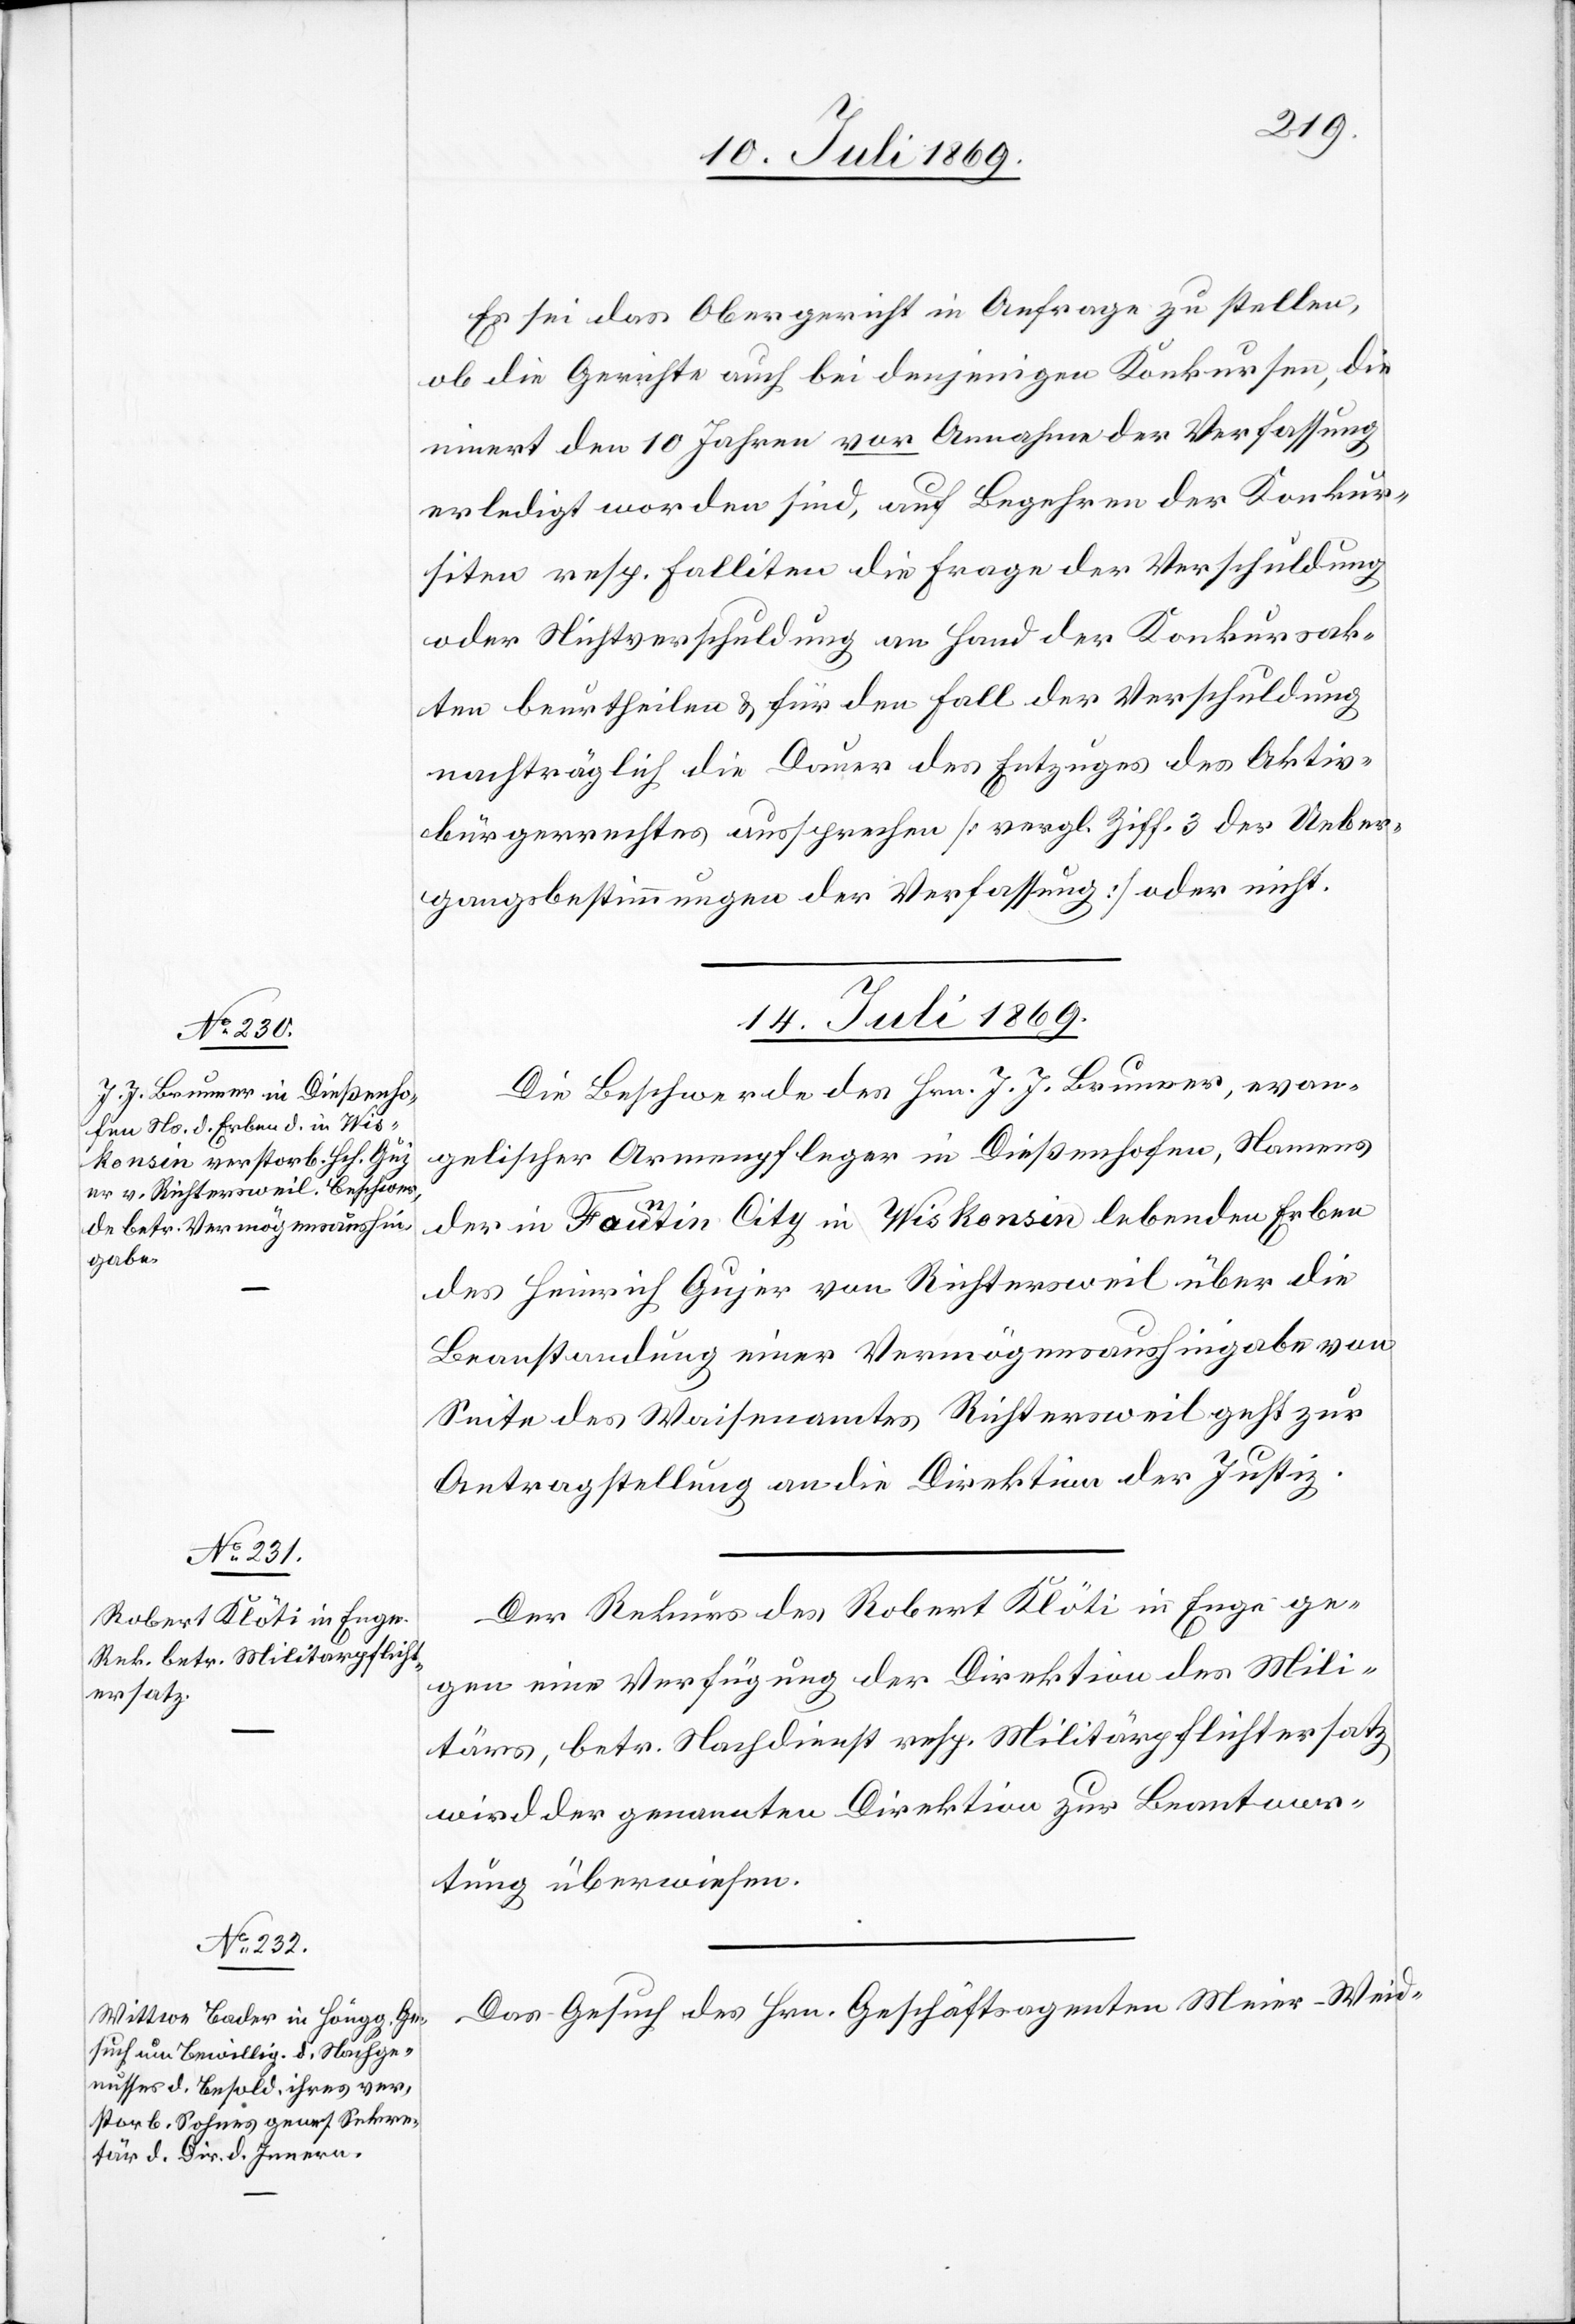
Es sei das Obergericht in Anfrage zu stellen,
ob die Gerichte auch bei denjenigen Konkursen, die
innert den 10 Jahren vor Annahme der Verfassung
erledigt worden sind, auf Begehren der Konkur¬
siten resp. Falliten die Frage der Verschuldung
oder Nichtverschuldung an Hand der Konkursak¬
ten beurtheilen u. für den Fall der Verschuldung
nachträglich die Dauer des Entzuges des Aktiv¬
bürgerrechtes aussprechen [vergl. Ziff 3 des Ueber¬
gangsbestimmungen der Verfassung] oder nicht.
14. Juli 1869.]
Die Beschwerde des Hrn. J. J. Brunner, evan¬
gelischer Armenpflege in Dießenhofen, Namens
der in Fontin City in Wiskonsin lebenden Erben
des Heinrich Gujer von Richtersweil über die
Beanstandung einer Vermögensaushingabe von
Seite des Waisenamtes Richtersweil geht zur
Antragstellung an die Direktion der Justiz.
Der Rekurs des Robert Klöti in Enge ge¬
gen eine Verfügung der Direktion des Mili¬
tärs, betr. Nachdienst resp. Militärpflichtersatz
wird der genannten Direktion der Beantwor¬
tung überwiesen.
Das Gesuch des Hrn. Geschäftsagenten Meier-Weid-